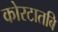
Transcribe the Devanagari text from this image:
कोरटातबि